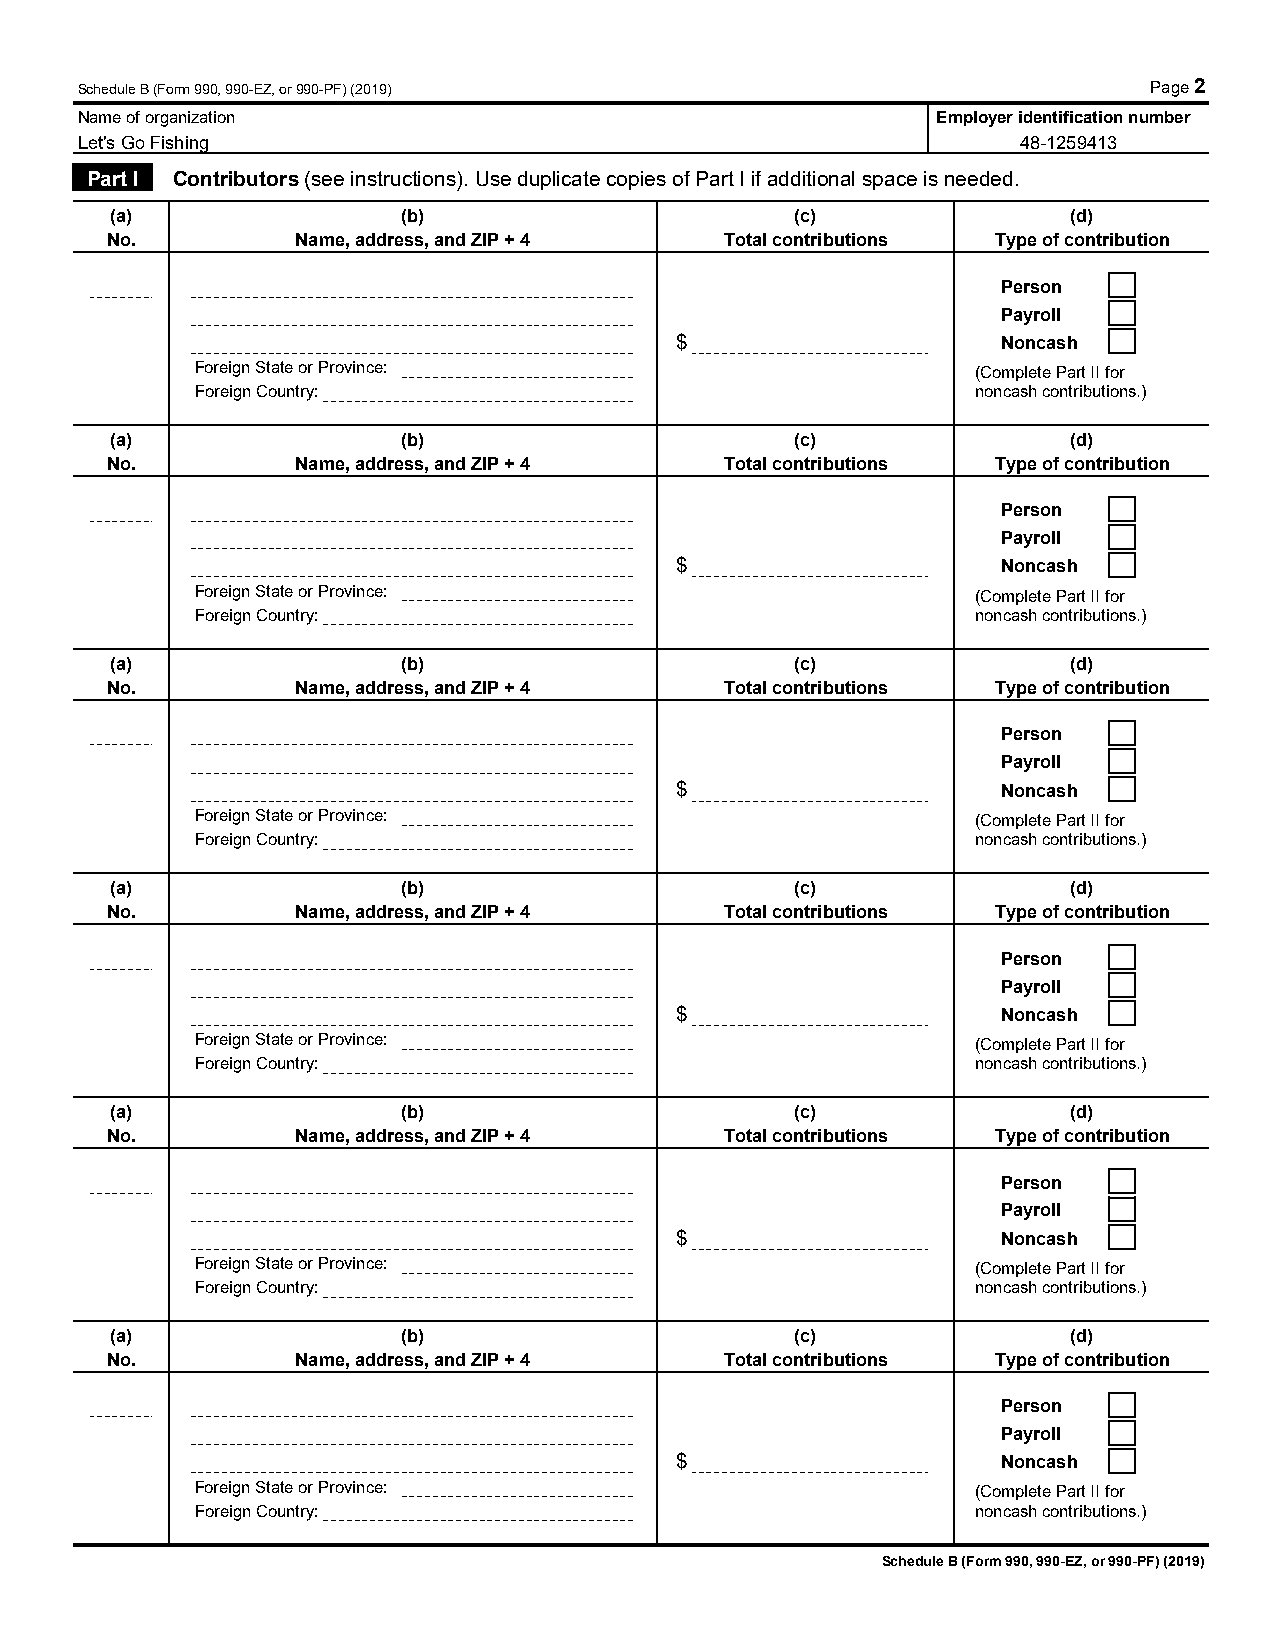
Schedule B (Form 990, 990-EZ, or 990-PF) (2019)                        Page 2
 Name of organization                                     Employer identification number
 Let's Go Fishing                                               48-1259413
 Part I Contributors (see instructions). Use duplicate copies of Part I if additional space is needed.
 (a)                 (b)                       (c)               (d)
 No.          Name, address, and ZIP + 4  Total contributions Type of contribution
 Person
 Payroll
 $                    Noncash
 Foreign State or Province:                          (Complete Part II for
 Foreign Country:                                    noncash contributions.)
 (a)                 (b)                       (c)               (d)
 No.          Name, address, and ZIP + 4  Total contributions Type of contribution
 Person
 Payroll
 $                    Noncash
 Foreign State or Province:                          (Complete Part II for
 Foreign Country:                                    noncash contributions.)
 (a)                 (b)                       (c)               (d)
 No.          Name, address, and ZIP + 4  Total contributions Type of contribution
 Person
 Payroll
 $                    Noncash
 Foreign State or Province:                          (Complete Part II for
 Foreign Country:                                    noncash contributions.)
 (a)                 (b)                       (c)               (d)
 No.          Name, address, and ZIP + 4  Total contributions Type of contribution
 Person
 Payroll
 $                    Noncash
 Foreign State or Province:                          (Complete Part II for
 Foreign Country:                                    noncash contributions.)
 (a)                 (b)                       (c)               (d)
 No.          Name, address, and ZIP + 4  Total contributions Type of contribution
 Person
 Payroll
 $                    Noncash
 Foreign State or Province:                          (Complete Part II for
 Foreign Country:                                    noncash contributions.)
 (a)                 (b)                       (c)               (d)
 No.          Name, address, and ZIP + 4  Total contributions Type of contribution
 Person
 Payroll
 $                    Noncash
 Foreign State or Province:                          (Complete Part II for
 Foreign Country:                                    noncash contributions.)
 Schedule B (Form 990, 990-EZ, or 990-PF) (2019)